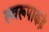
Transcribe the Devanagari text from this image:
स्वरूपाकड़े